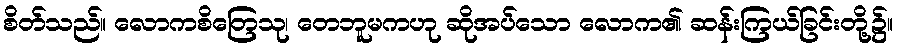
စိတ်သည်။ လောကစိတြေသု၊ တေဘူမကဟု ဆိုအပ်သော လောက၏ ဆန်းကြယ်ခြင်းတို့၌။